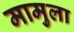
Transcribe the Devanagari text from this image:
मामुला